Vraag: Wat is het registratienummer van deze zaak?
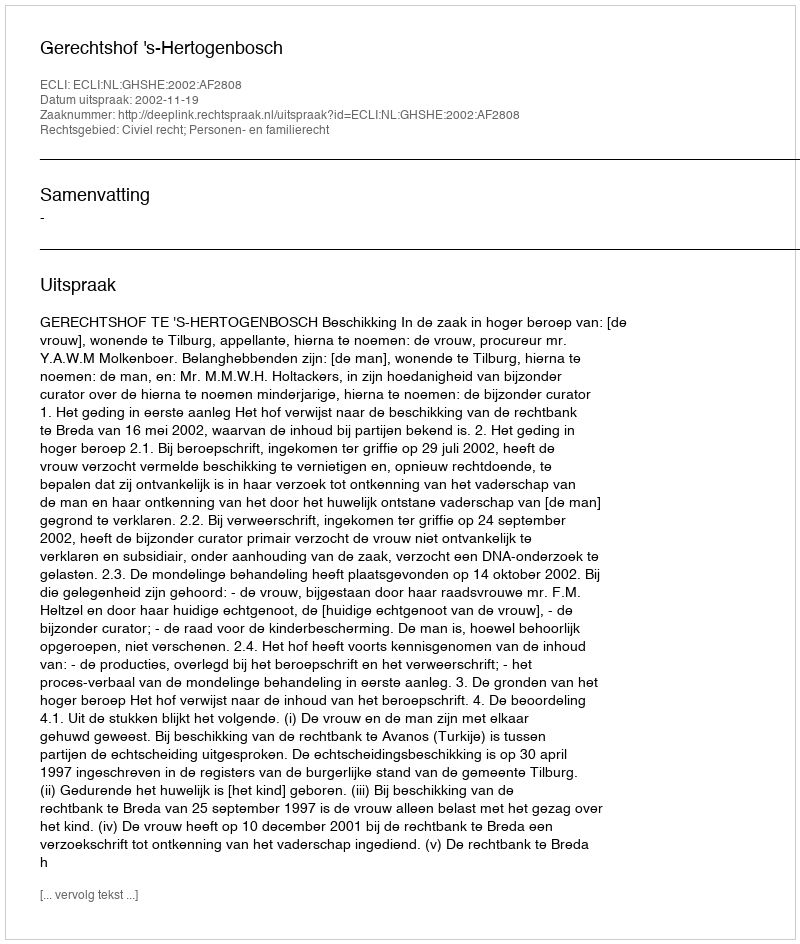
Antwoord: http://deeplink.rechtspraak.nl/uitspraak?id=ECLI:NL:GHSHE:2002:AF2808